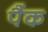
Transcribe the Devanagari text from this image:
पैंक